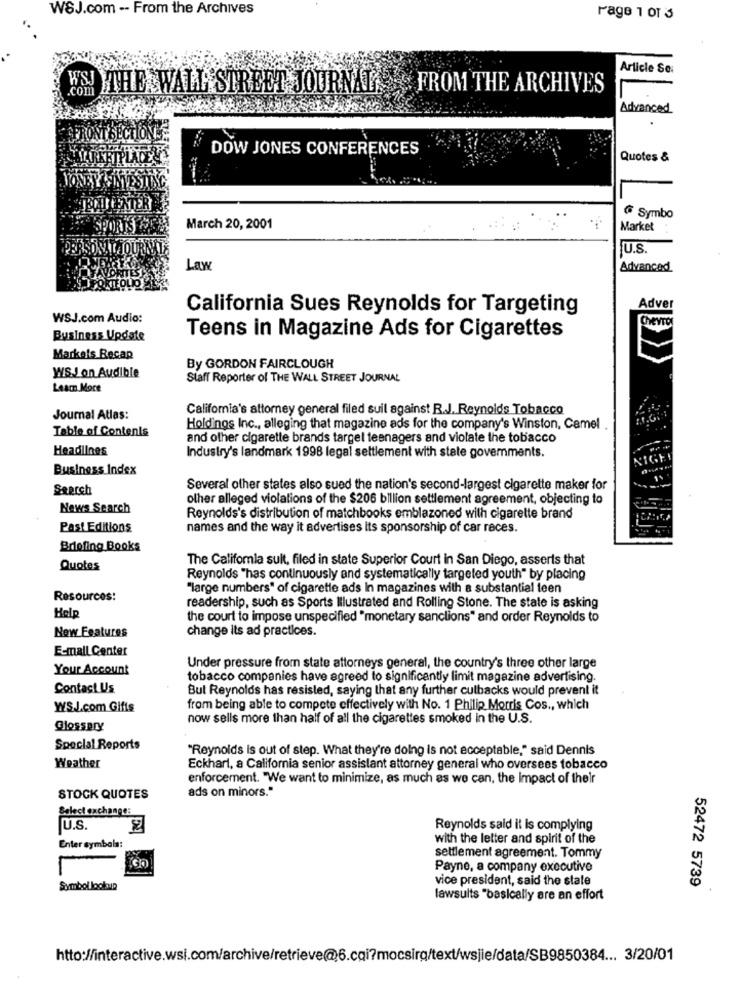
WSJ.com -- From the Archives
Page 1 Of 3
Article Sei
WSJ THE WALL STREET JOURNAL
FROM THE ARCHIVES
Advanced
DOW JONES CONFERENCES
Quotes &
Symbo
March 20, 2001
Market
U.S.
Law
Advanced
California Sues Reynolds for Targeting
Adver
WSJ.com Audio:
ChevTO
Business Update
Teens in Magazine Ads for Cigarettes
Markets Recap
By GORDON FAIRCLOUGH
WSJ on Audible
Staff Reporter of THE WALL STREET JOURNAL
Leam More
California's attorney general filed suil against R.J. Reynolds Tobacco
Journal Atlas:
Table of Contenis
Holdings Inc ., alleging that magazine ads for the company's Winston, Camel
and other cigarette brands target teenagers and violate the tobacco
Headlines
Industry's landmark 1998 legal settlement with state goverments.
Business Index
Search
Several other states also sued the nation's second-largest cigarette maker for
other alleged violations of the $206 billion settlement agreement, objecting to
News Search
Reynolds's distribution of matchbooks emblazoned with cigarette brand
Past Editions
names and the way it advertises its sponsorship of car races.
Briefing Books
The California sult, filed in state Superior Court in San Diego, asserts that
Quotes
Reynolds "has continuously and systematically targeted youth" by placing
"large numbers" of cigarette ads In magazines with a substantial teen
Resources:
readership, such as Sports Illustrated and Rolling Stone. The state is asking
Help
the court to impose unspecified "monetary sanclions" and order Reynolds to
New Features
change its ad practices.
E-mail Center
Your Account
Under pressure from state attorneys general, the country's three other large
tobacco companies have agreed to significantly limit magazine advertising.
Contact Us
But Reynolds has resisted, saying that any further cutbacks would prevent it
WSJ.com Gifts
from being able to compete effectively with No. 1 Philip Morris Cos ., which
now sells more than half of all the cigarettes smoked in the U.S.
Glossary
Special Reports
"Reynolds is out of step. What they're doing is not acceptable," said Dennis
Weather
Eckhart, a California senior assistant attorney general who oversees tobacco
enforcement. "We want to minimize, as much as we can, the Impact of their
ads on minors."
STOCK QUOTES
Select exchange:
U.S.
Reynolds said it is complying
with the letter and spirit of the
Enter symbola:
settlement agreement. Tommy
Payne, a company executive
vice president, said the state
52472 5739
Symbol lockup
lawsuits "basically are an effort
http://interactive.wsi.com/archive/retrieve@6.cgi?mocsirg/text/wsjie/data/SB9850384 ... 3/20/01